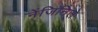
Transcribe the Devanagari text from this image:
नेंजिनिले